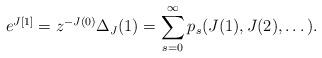
LaTeX: \begin{align*} e^{J[1]}= z^{-J(0)}\Delta_J (1)=\sum_{s=0}^\infty p_s (J(1),J(2),\dots). \end{align*}